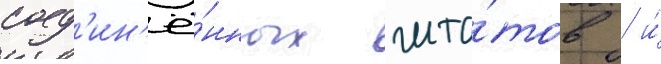
соед'ин'ё́нных шта́тов / и́